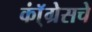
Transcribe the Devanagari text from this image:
कॉ्ंग्रेसचे